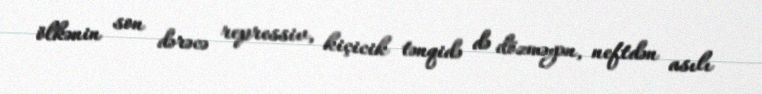
ölkənin son dərəcə repressiv, kiçicik tənqidə də dözməyən, neftdən asılı